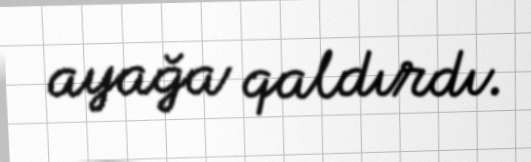
ayağa qaldırdı.